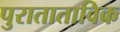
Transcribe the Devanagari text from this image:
पुराताताविक